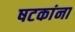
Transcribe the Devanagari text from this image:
षटकांना